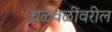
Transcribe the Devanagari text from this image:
चळवळींवरील